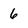
Character: 6